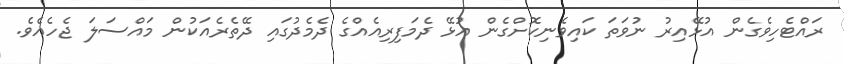
ރައްޓެހިވެގެން އުޅޭއިރު ނުވަތަ ކައިވެނިކޮށްގެން އުޅޭ ދެމަފިރިއެއްގެ ދެމެދުގައި ދޭތެރެއަކުން މައްސަލަ ޖެހެއެވެ.